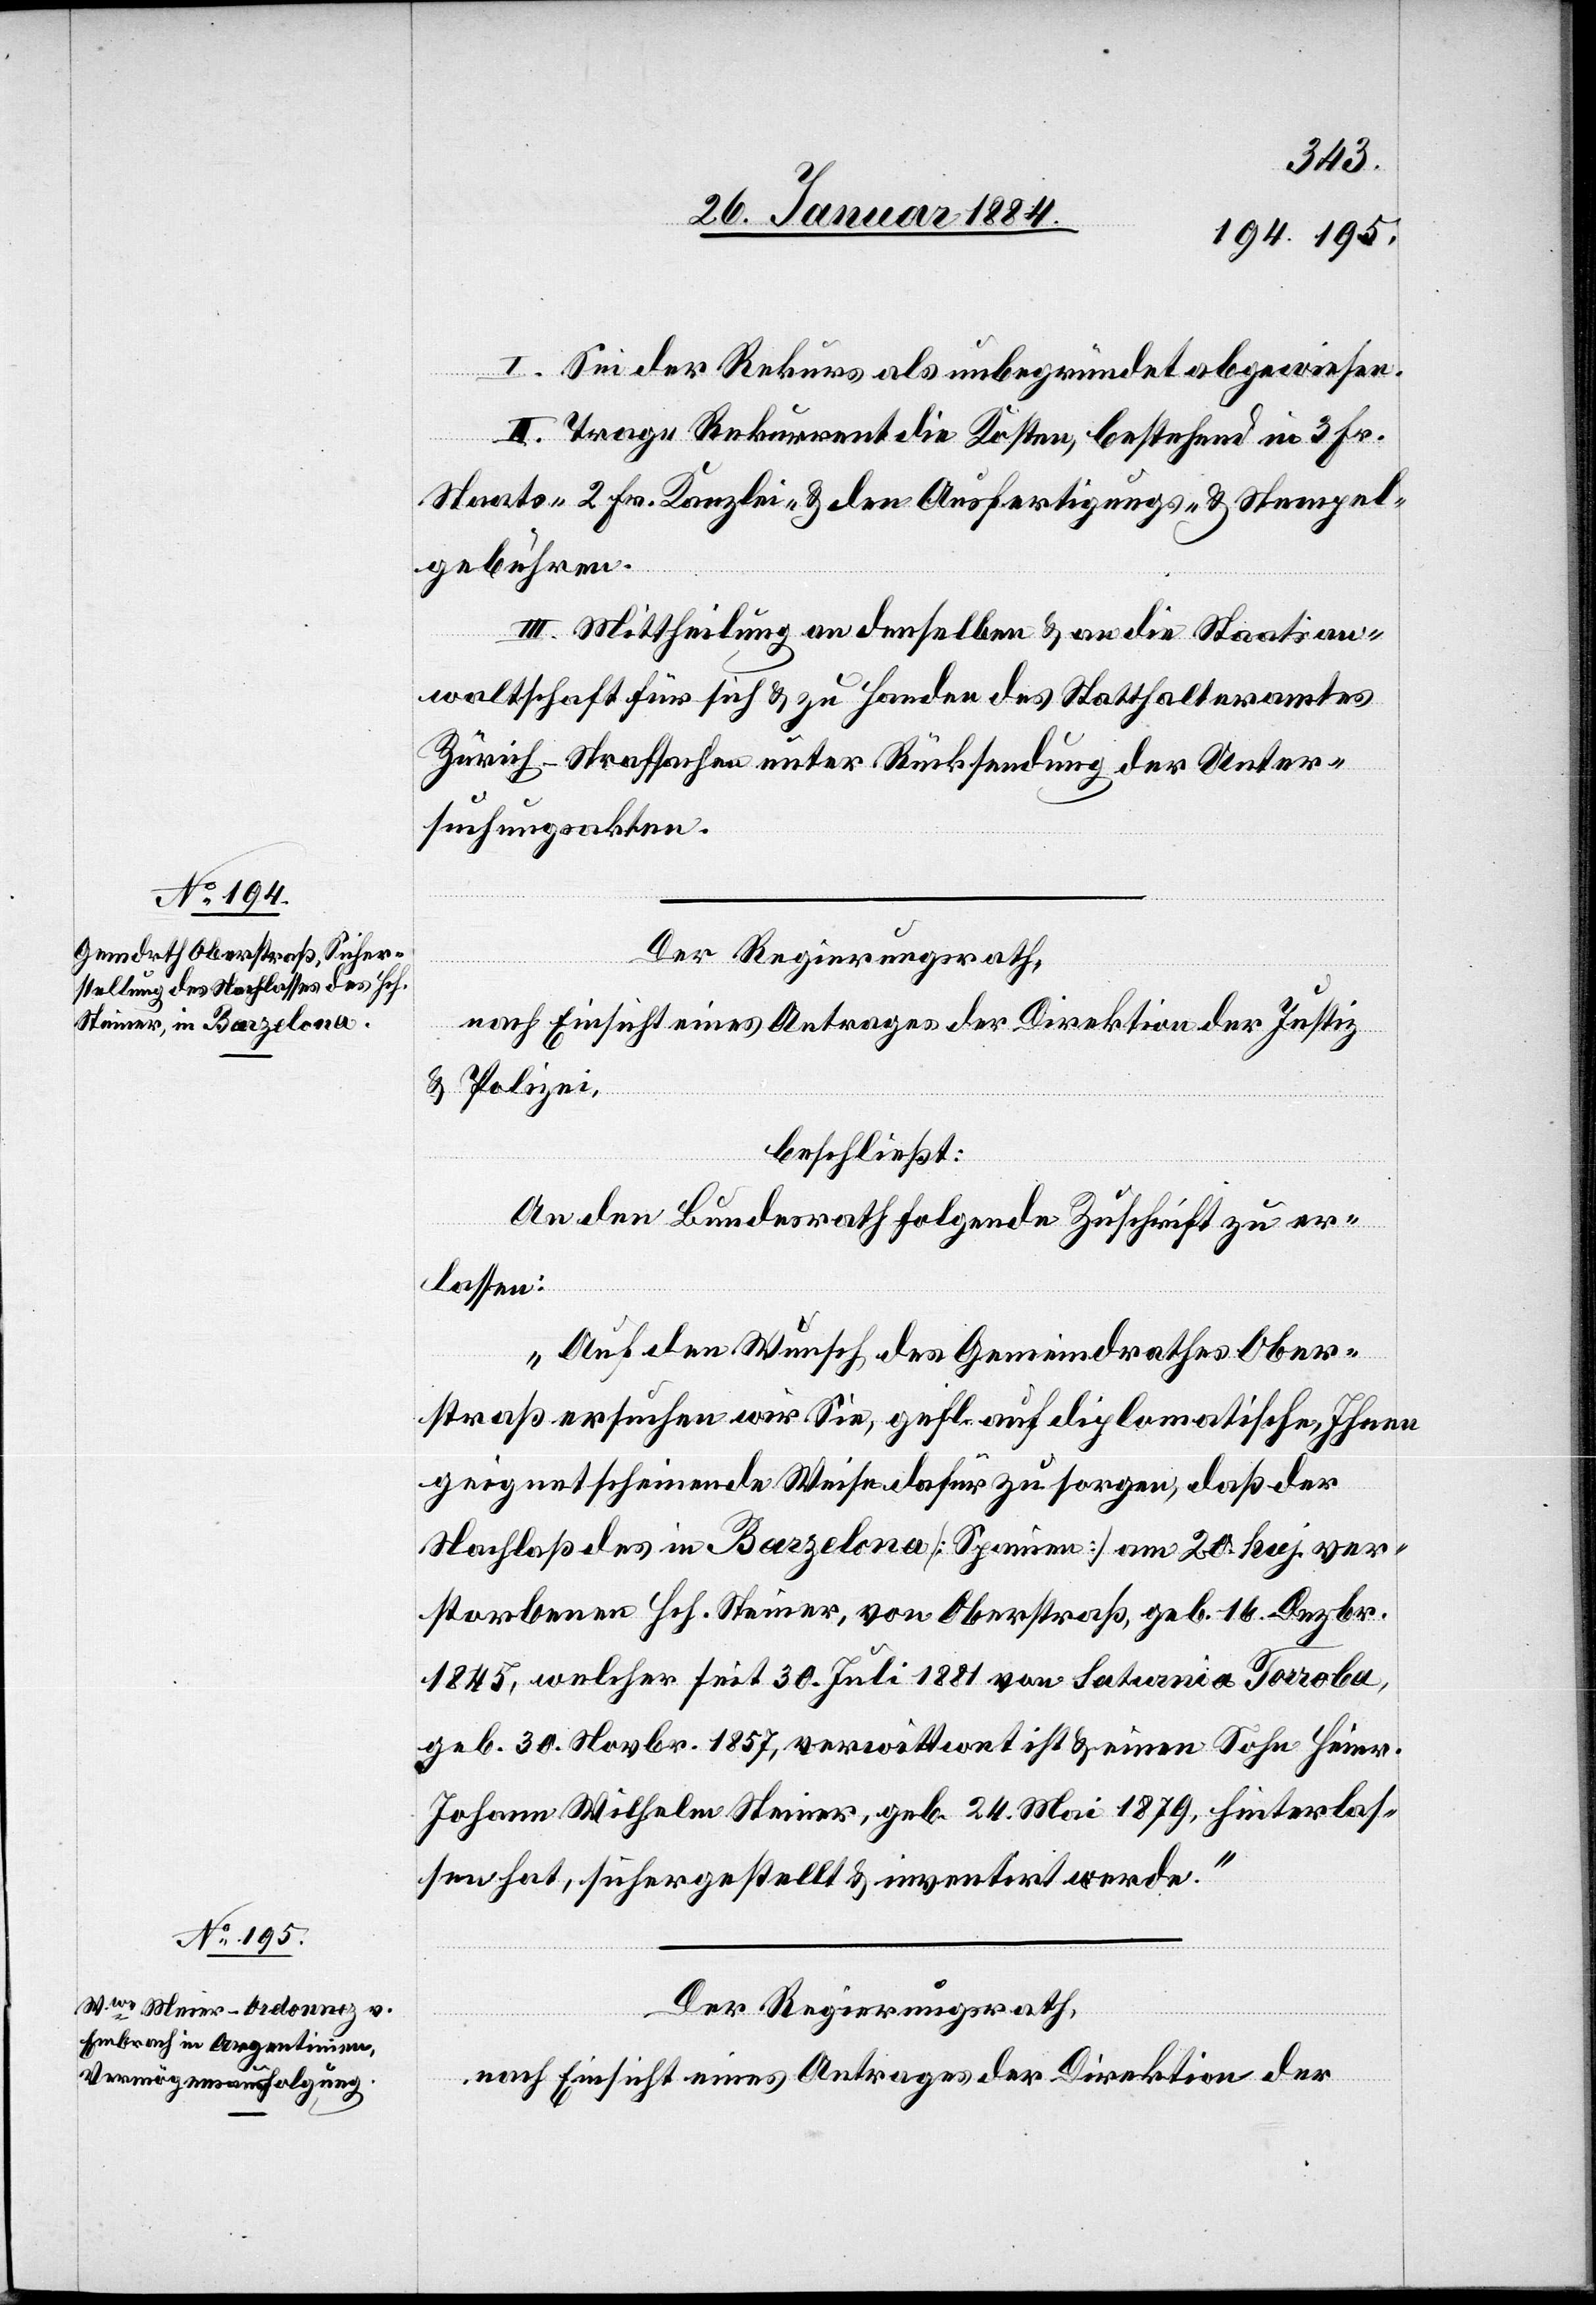
I. Sei der Rekurs als unbegründet abgewiesen.
II. Trage Rekurrent die Kosten, bestehend in 3 Fr.
Staats-, 2 Fr. Kanzlei- & den Ausfertigungs- & Stempel¬
gebühren.
III. Mittheilung an denselben & an die Staatsan¬
waltschaft für sich & zu Handen des Statthalteramtes
Zürich - Strafsachen unter Rücksendung der Unter¬
suchungsakten.
Der Regierungsrath,
nach Einsicht eines Antrages der Direktion der Justiz
& Polizei,
beschließt:
An den Bundesrath folgende Zuschrift zu er¬
lassen:
„Auf den Wunsch des Gemeindrathes Ober¬
straß ersuchen wir Sie, gefl. auf diplomatische, Ihnen
geeignet scheinende Weise dafür zu sorgen, daß der
Nachlaß des in Barzelona [Spanien] am 20. huj. ver¬
storbenen Hch. Steiner, von Oberstraß, geb. 16. Dezbr.
1845, welcher seit 30. Juli 1881 von Saturnia Torroba,
geb. 30. Novbr. 1857, verwittwet ist & einen Sohn Heinr.
Johann Wilhelm Steiner, geb. 24. mi 1879, hinterlas¬
sen hat, sichergestellt & inventirt werde.“
Der Regierungsrath,
nach Einsicht eines Antrages der Direktion der